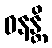
ဓနန္တိ